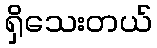
ရှိသေးတယ်